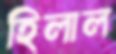
হিলাল